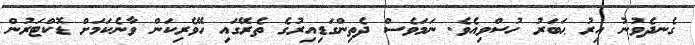
ގެނދެވުނު އިރު ޙަބަރު ހުސްވިއެވެ. ނަމަވެސް ދެތިންގަޑިއިރުގެ ތެރޭގައި ހޭވެރިކަން ވާނެކަމަށް ޑޮކްޓަރުން